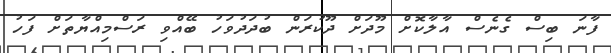
ފާނަ ބިސް ގެނެސް އާލާކޮށް މޫދަށް ދޫކުރަން ބުދަދުވަހު ބޭއްވި ރަސްމިއްޔާތަށް ފަހު